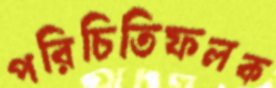
পরিচিতিফলক